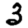
Digit: 3